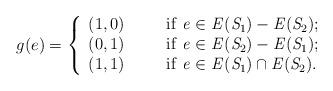
LaTeX: \begin{align*}g(e)=\left\lbrace \begin{array}{lllllllll}(1,0)&&&\rm if~\it e\in E(S_{\rm 1})-E(S_{\rm 2});\\(0,1)&&&\rm if~\it e\in E(S_{\rm 2})-E(S_{\rm 1});\\(1,1)&&&\rm if~\it e\in E(S_{\rm 1})\cap E(S_{\rm 2}).\\\end{array}\right.\end{align*}